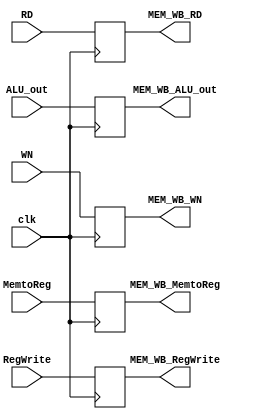
module MEM_WB( clk, MemtoReg, RegWrite, RD, ALU_out, WN, MEM_WB_MemtoReg, MEM_WB_RegWrite, MEM_WB_RD, MEM_WB_ALU_out, MEM_WB_WN );
	input clk, MemtoReg, RegWrite;
	input [31:0] RD, ALU_out;
	input [4:0] WN;
	
	output MEM_WB_MemtoReg, MEM_WB_RegWrite;
	output [31:0] MEM_WB_RD, MEM_WB_ALU_out;	
	output [4:0] MEM_WB_WN;
	
	reg MEM_WB_MemtoReg, MEM_WB_RegWrite;
	reg [31:0] MEM_WB_RD, MEM_WB_ALU_out;
	reg [4:0] MEM_WB_WN;
	
	always @( posedge clk ) begin

		MEM_WB_ALU_out <= ALU_out;
		MEM_WB_MemtoReg <= MemtoReg;
		MEM_WB_RD <= RD;
		MEM_WB_RegWrite <= RegWrite;
		MEM_WB_WN <= WN;
		
	end
	
	
endmodule